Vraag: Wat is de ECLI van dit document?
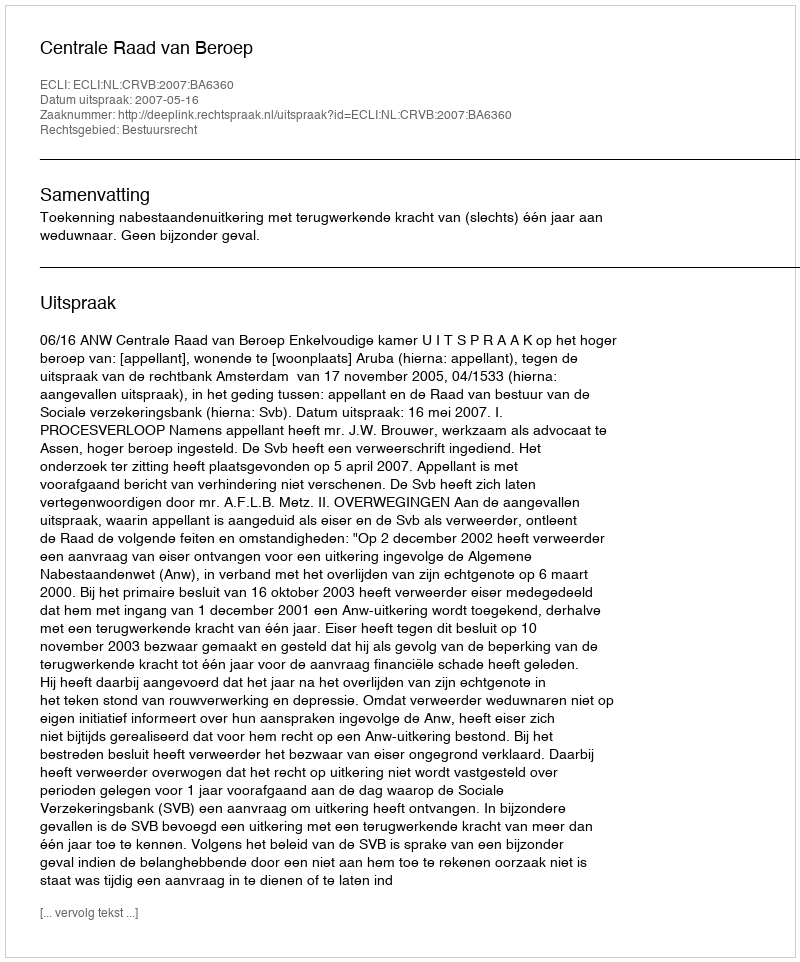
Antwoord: ECLI:NL:CRVB:2007:BA6360